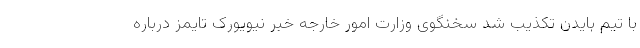
با تیم بایدن تکذیب شد سخنگوی وزارت امور خارجه خبر نیویورک تایمز درباره